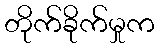
တိုက်ခိုက်မှုက